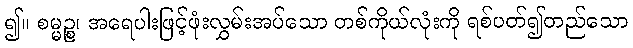
၍။ စမ္မဉ္စ၊ အရေပါးဖြင့်ဖုံးလွှမ်းအပ်သော တစ်ကိုယ်လုံးကို ရစ်ပတ်၍တည်သော